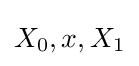
X_{0},x,X_{1}